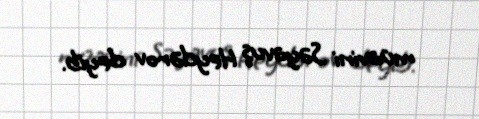
müavini Səyavuş Heydərov deyib.